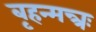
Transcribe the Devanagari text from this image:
बृहन्मन्त्रः